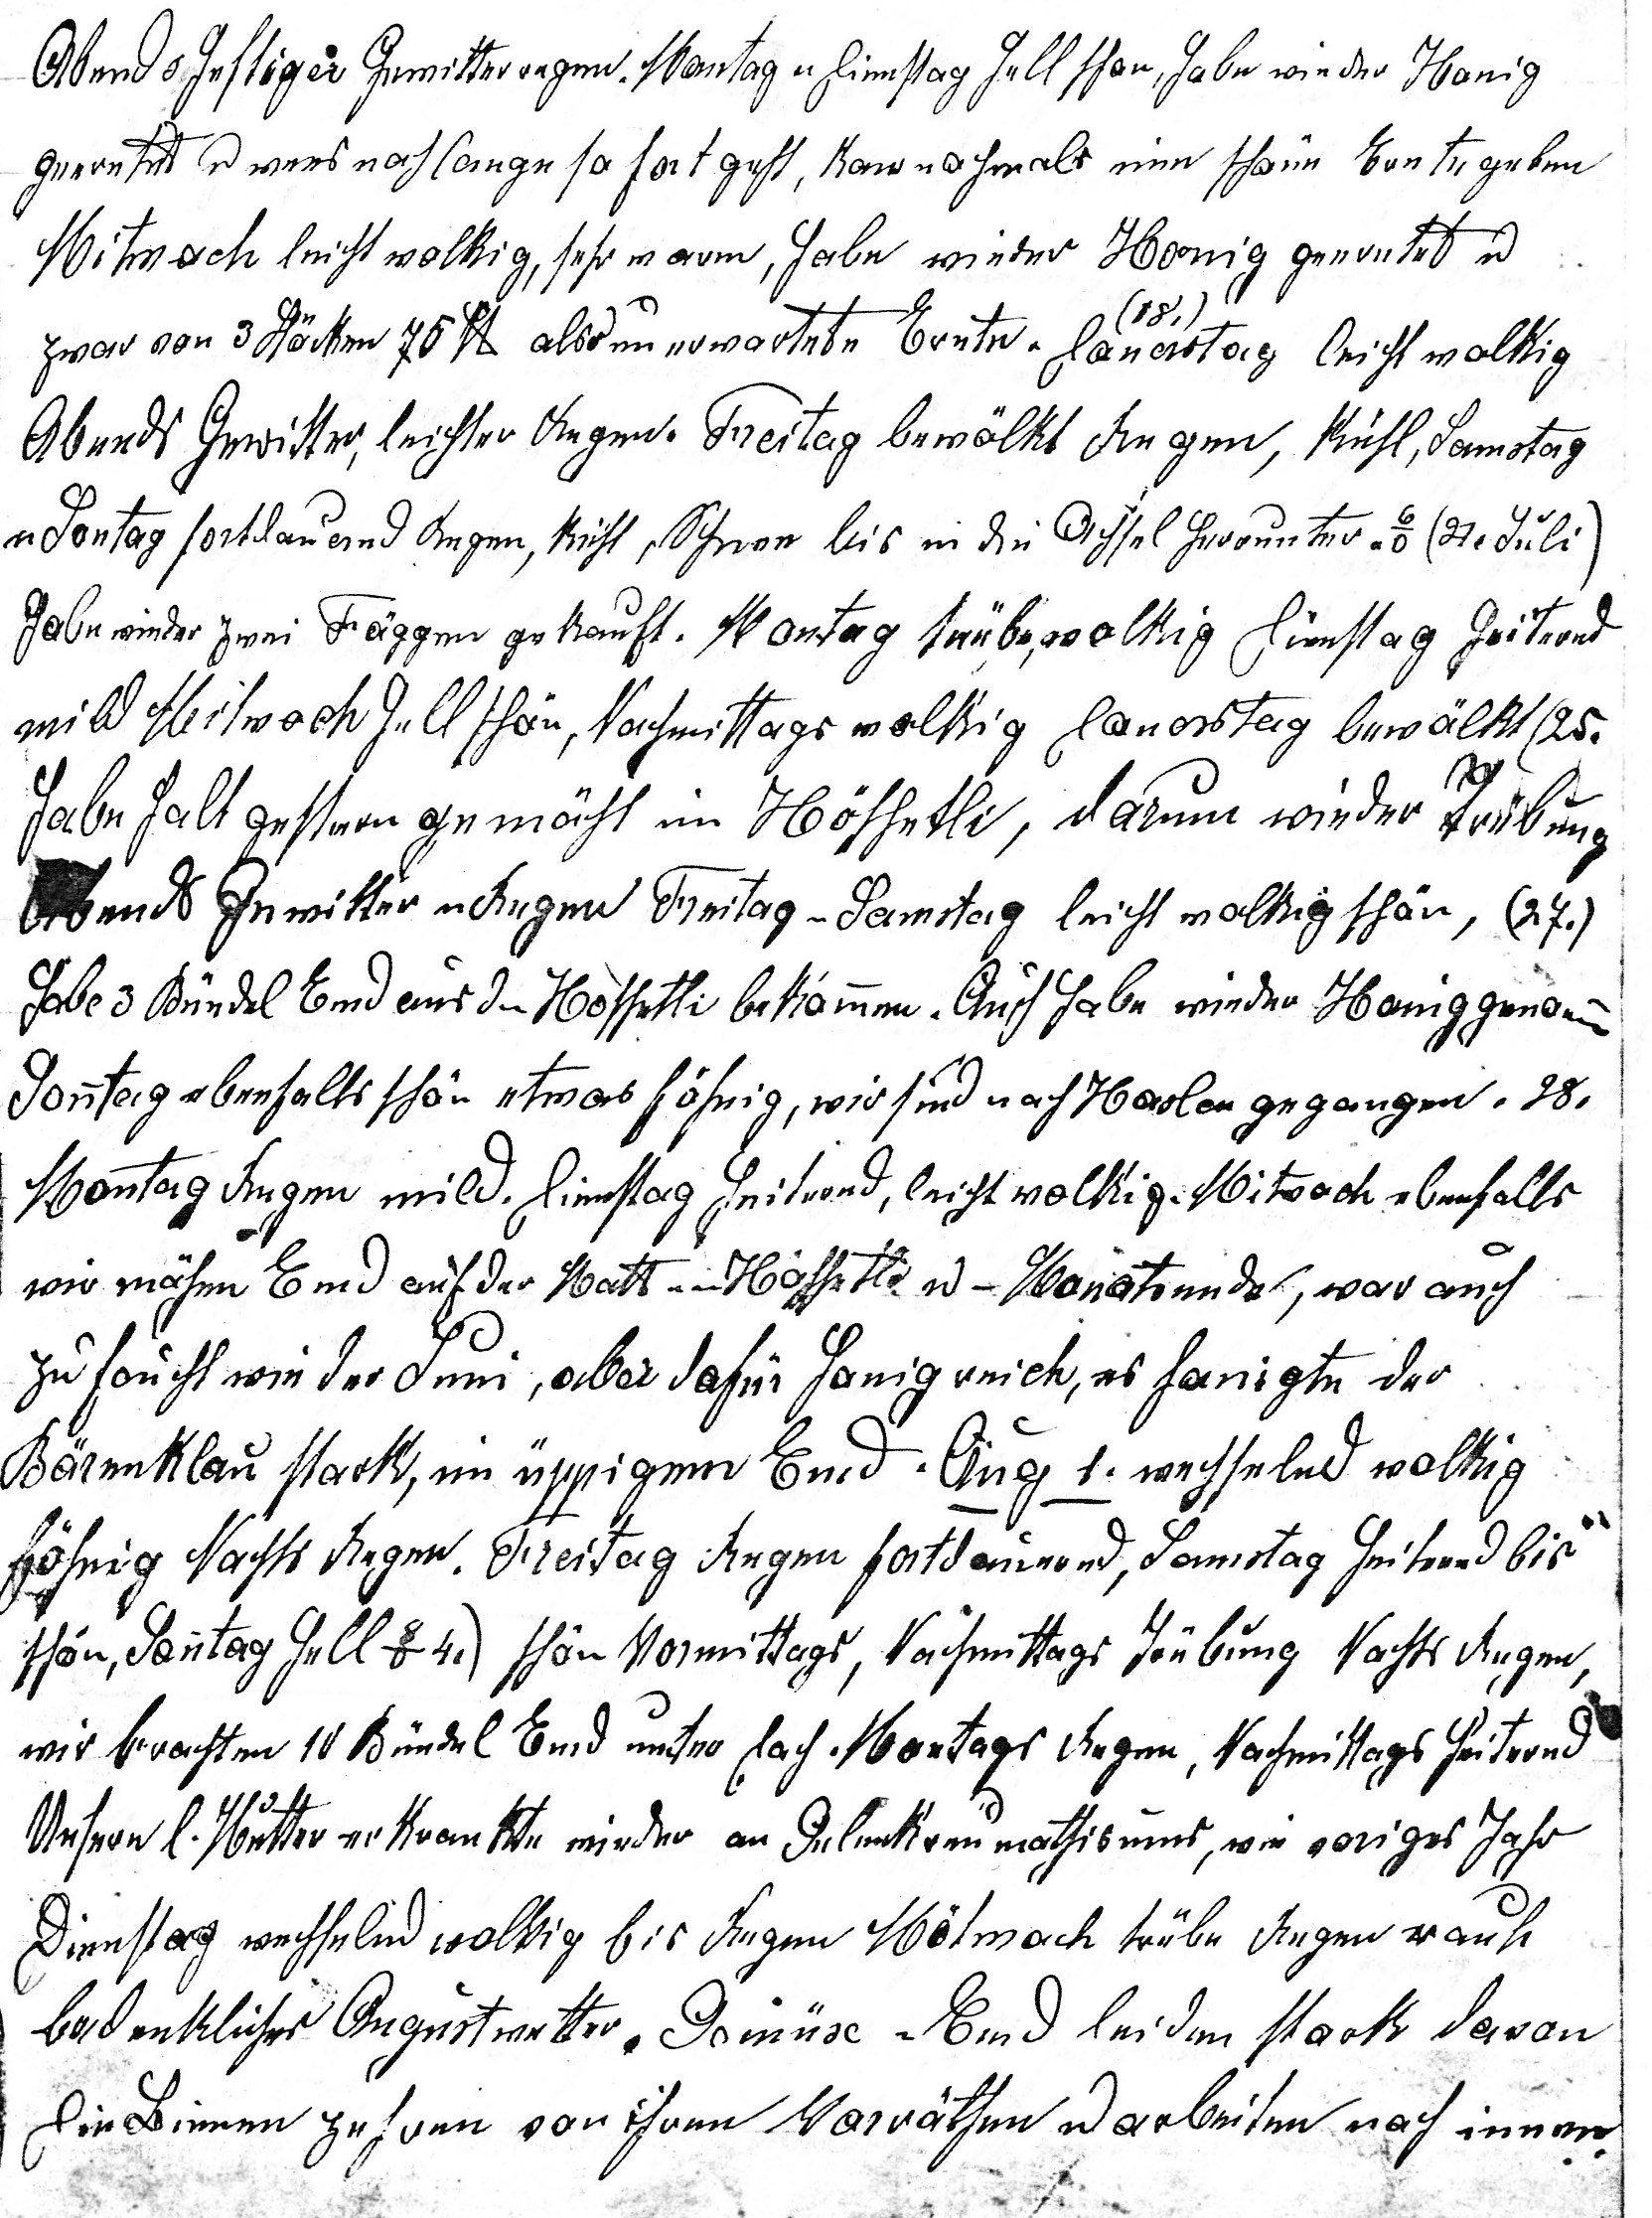
Abends heftiger Gewitterregen. Montag u Dienstag hell schön, habe wieder Honig
geerntet u wens noch lange so fort geht, kans nochmals eine schöne Ernte geben.

Mitwoch leicht wolkig, sehr warm, habe wieder Honig geerntet u
(18)

zwar von 3 Stöcken 75 Pf. also unerwartete Ernte. Donerstag leicht wolkig
Abends Gewitter, leichter Regen. Freitag bewölkt Regen, kühl, Sams¬tag
u Sontag fort¬dauernd Regen, kühl, Schnee bis in die Achsel herunter. 6o (21. Juli).
Habe wie¬der zwei Fäggen gekauft. Montag trübe, wolkig Dienstag heiternd
mild Mitwoch hell schön, Nachmittags wolkig Donerstag bewölkt (25.)
habe halt gestern gemäht im Höschetli, darum wieder Trübung
Abends Ge¬witter u Regen Freitag u Sams¬tag leicht wolkig schön, (27.)
habe 3 Bündel Emd aus dem Höschetli bekommen. Auch habe wieder Honig genommen
Sonntag ebenfalls schön etwas föhnig, wir sind nach Haslen gegangen. 28.
Montag Regen mild Dienstag heiternd, leicht wolkig. Mitwoch ebenfalls
wir mähen Emd auf der Matt u im Höschetli u – Monats- ende, war auch
zu feucht wie der Juni, aber dafür honigreich, es honigte der
Bärenklau stark, im üppigen Emd. Aug. 1. wechselnd wolkig
föhnig Nachts Regen. Freitag Regen fortdauernd, Samstag heiternd bis
schön, Sonntag hell 8o 4.) schön Vormittags, Nachmittags Trübung Nachts Regen,
wir brachten 10 Bündel Emd unter Dach. Montags Regen, Nachmittags heiternd.
Unsere l. Mutter erkran¬kte wieder an Gelenkreumathismus, wie voriges Jahr.
Dienstag wechselnd wolkig bis Regen Mitwoch trübe Regen rauh
bedenkliches Augustwetter. Gemüse u Emd leiden stark davon.
Die Bienen zehren von ihren Vorräten u arbeiten nach innen